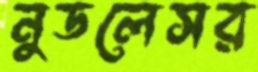
নুডলেসর